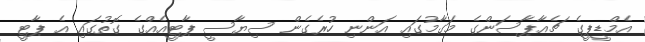
އެމްޑީޕީގެ ޗެއާޕާސަންގެ މަގާމުގައި އަންނި ހުރެގެން ސިޔާސީ ޕާޓީއެއްގެ ގޮތުގައި އެ ޕާޓީ